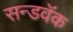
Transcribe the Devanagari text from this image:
सन्डवॅक